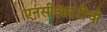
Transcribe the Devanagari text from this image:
एनसीआरटीची